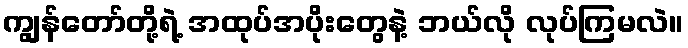
ကျွန်တော်တို့ရဲ့ အထုပ်အပိုးတွေနဲ့ ဘယ်လို လုပ်ကြမလဲ။